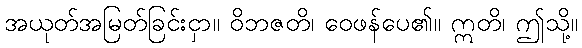
အယုတ်အမြတ်ခြင်းငှာ။ ဝိဘဇတိ၊ ဝေဖန်ပေ၏။ ဣတိ၊ ဤသို့။